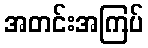
အတင်းအကြပ်